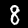
Digit: 8